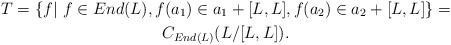
LaTeX: \begin{gather*}T=\{f|\ f\in End(L),f(a_{1})\in a_{1}+[L,L],f(a_{2})\in a_{2}+[L,L]\}=\\C_{End(L)}(L/[L,L]).\end{gather*}